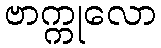
ဗာက္ကုလော